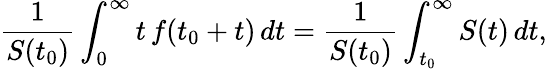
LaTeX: {\frac{1}{S(t_{0})}}\int_{0}^{\infty}t\, f(t_{0}+t)\, dt={\frac{1}{S(t_{0})}}\int_{t_{0}}^{\infty}S(t)\, dt,